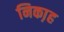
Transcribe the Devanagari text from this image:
निका़ह